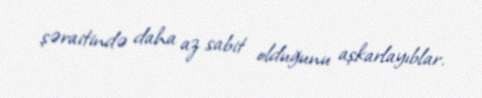
şəraitində daha az sabit olduğunu aşkarlayıblar.